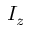
I _ { z }